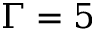
\Gamma = 5